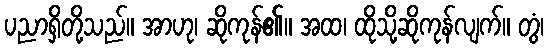
ပညာရှိတို့သည်။ အာဟု၊ ဆိုကုန်၏။ အထ၊ ထိုသို့ဆိုကုန်လျက်။ တွံ၊